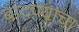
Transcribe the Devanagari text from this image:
बांदण्याचा